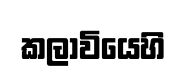
කලාවියෙහි